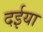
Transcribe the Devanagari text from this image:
दईया